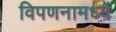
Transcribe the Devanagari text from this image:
विपणनामध्ये